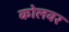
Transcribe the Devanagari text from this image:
कोलवर